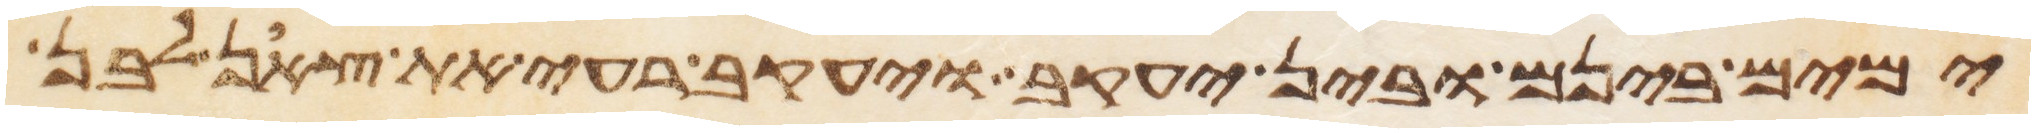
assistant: ימים בינם ובין יעקב ויעקב רעה את צאן לבן